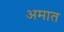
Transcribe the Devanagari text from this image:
अमात